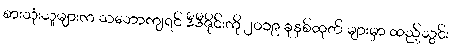
စားသုံးသူများက သဘောကျရင် ဒီဒီဇိုင်းကို ၂၀၁၉ ခုနှစ်ထုတ် များမှာ ထည့်သွင်း